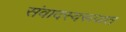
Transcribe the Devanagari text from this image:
संवादस्वरूपात